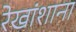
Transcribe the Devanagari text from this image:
रेखांशाना